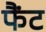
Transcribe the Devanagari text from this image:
फैंट